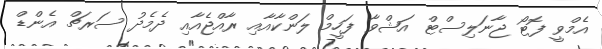
އެމްވީ ފޮޓޯ ޖާނަލިސްޓް އަޝްވާ ފަހީމް ލަންކާއާއި ރާއްޖެއާއި ދެމެދު ސަރޗް އެންޑް